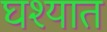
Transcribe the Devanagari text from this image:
घश्यात